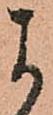
よ